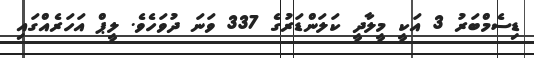
ޑިސެމްބަރު 3 އަކީ މީލާދީ ކަލަންޑަރުގެ 337 ވަނަ ދުވަހެވެ. ލީޕް އަހަރެއްގައި